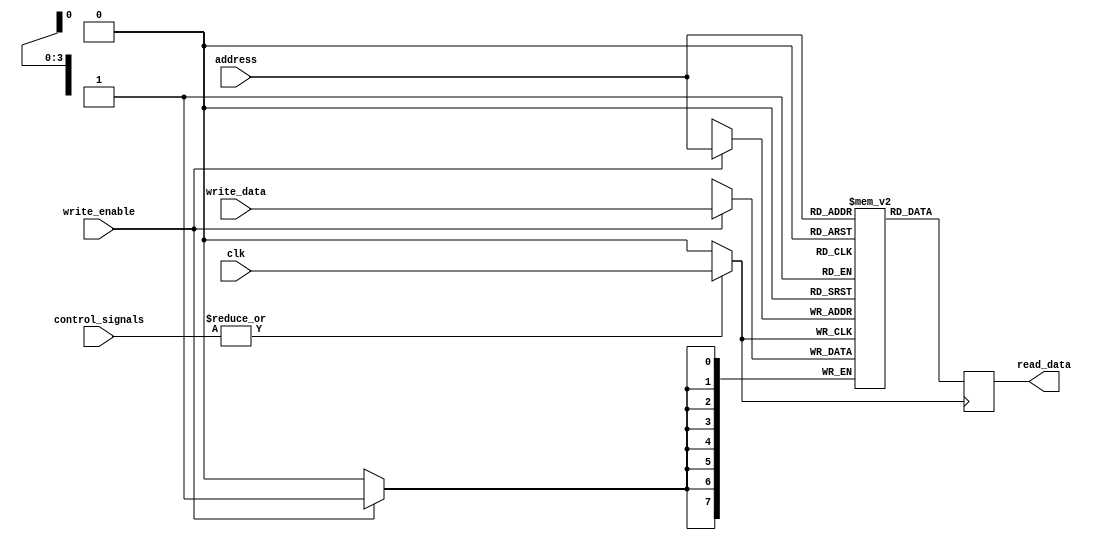
module memory_block_dcg (
    input wire clk,                 // Main clock input
    input wire [3:0] control_signals, // Activity control signals (for example, 4 memory blocks)
    input wire [7:0] write_data,    // Data to write
    input wire [3:0] address,        // Address for memory access
    input wire write_enable,         // Write enable signal
    output reg [7:0] read_data       // Data read from memory
);
    
    // Parameter to define the size of the memory array
    parameter MEMORY_SIZE = 16;      // Example: 16 x 8 SRAM array
    reg [7:0] memory_array [0:MEMORY_SIZE-1]; // Memory array declaration

    // Clock gating logic
    wire gated_clk;
    reg clk_enable;

    // Clock gating logic based on control signals
    always @(*) begin
        // Enable the clock if any block is active
        clk_enable = |control_signals; // OR operation on control signals
    end

    // Gated clock signal
    assign gated_clk = clk_enable ? clk : 1'b0;

    // Memory operations
    always @(posedge gated_clk) begin
        if (write_enable) begin
            // Write operation
            memory_array[address] <= write_data;
        end
        // Read operation
        read_data <= memory_array[address];
    end

endmodule